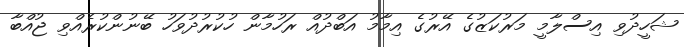
ޝަހީދުވި އިސްލާމީ މަރުކަޒުގެ އޭރުގެ އިމާމު އަބްދުއް ރަހުމާން ހުކުރުދުވަހު ބޭނުންކުރެއްވި ޖުއްބާ